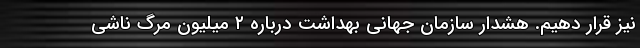
نیز قرار دهیم. هشدار سازمان جهانی بهداشت درباره ۲ میلیون مرگ ناشی